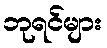
ဘုရင်များ